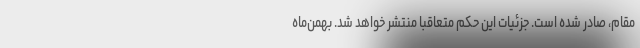
مقام، صادر شده است. جزئیات این حکم متعاقبا منتشر خواهد شد. بهمن‌‌ماه